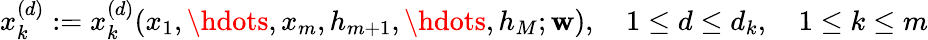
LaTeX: x_{k}^{(d)}:=x_{k}^{(d)}(x_{1},\hdots,x_{m},h_{m+1},\hdots,h_{M};\mathbf{w}),\quad 1\leq d\leq d_{k},\quad 1\leq k\leq m